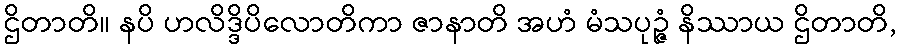
ဌိတာတိ။ နပိ ဟလိဒ္ဒိပိလောတိကာ ဇာနာတိ အဟံ မံသပုဉ္ဇံ နိဿာယ ဌိတာတိ,